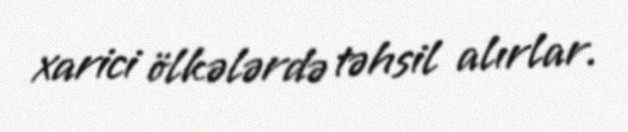
xarici ölkələrdə təhsil alırlar.